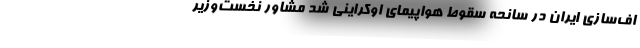
اف‌سازی ایران در سانحه سقوط هواپیمای اوکراینی شد مشاور نخست‌وزیر